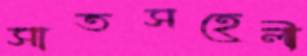
সাতসহেলী